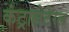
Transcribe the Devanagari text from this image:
कंट्रालेटेरल